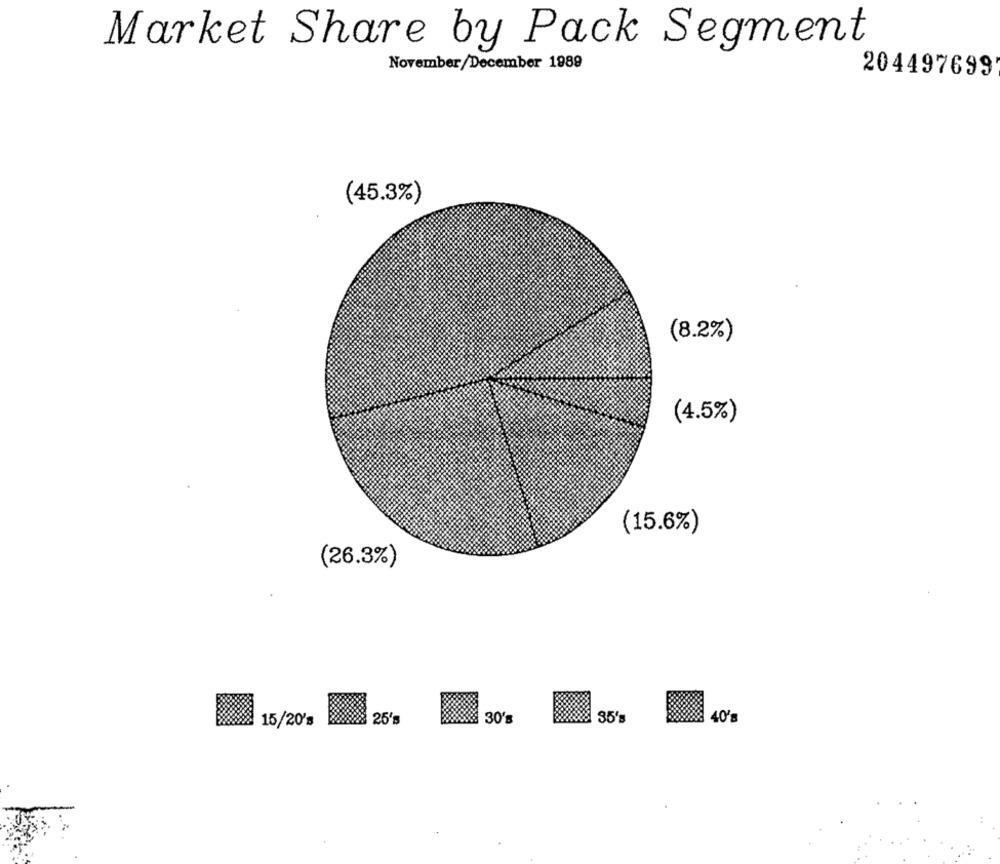
Market Share by Pack Segment
November/December 1989
204497699
(45.3%)
(8.2%)
(4.5%)
(15.6%)
(26.3%)
35's
8 40'8
15/20's
988 25's
30's